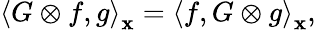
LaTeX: {\left\langle{G\otimes f,g}\right\rangle_{\mathbf{x}}}={\left\langle{f,G\otimes g}\right\rangle_{\mathbf{x}}},